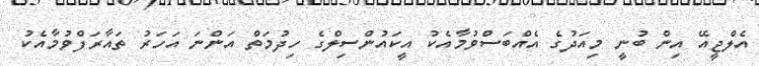
އެލްޖީއޭ އިން ބުނީ މިއަދުގެ އެއްބަސްވުމާއެކު އީކައުންސިލްގެ ހިދުމަތް އަންނަ އަހަރު ތައާރަފްވުމާއެކު